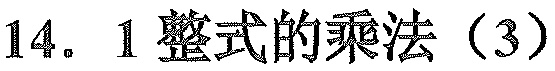
14. 1整式的乘法（3）